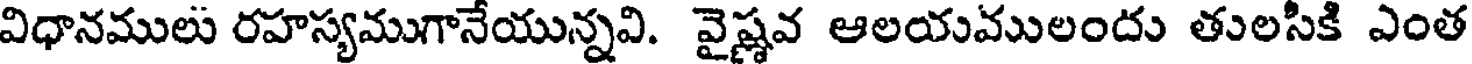
విధానములు రహస్యముగానేయున్నవి. వైష్ణవ ఆలయములందు తులసికి ఎంత